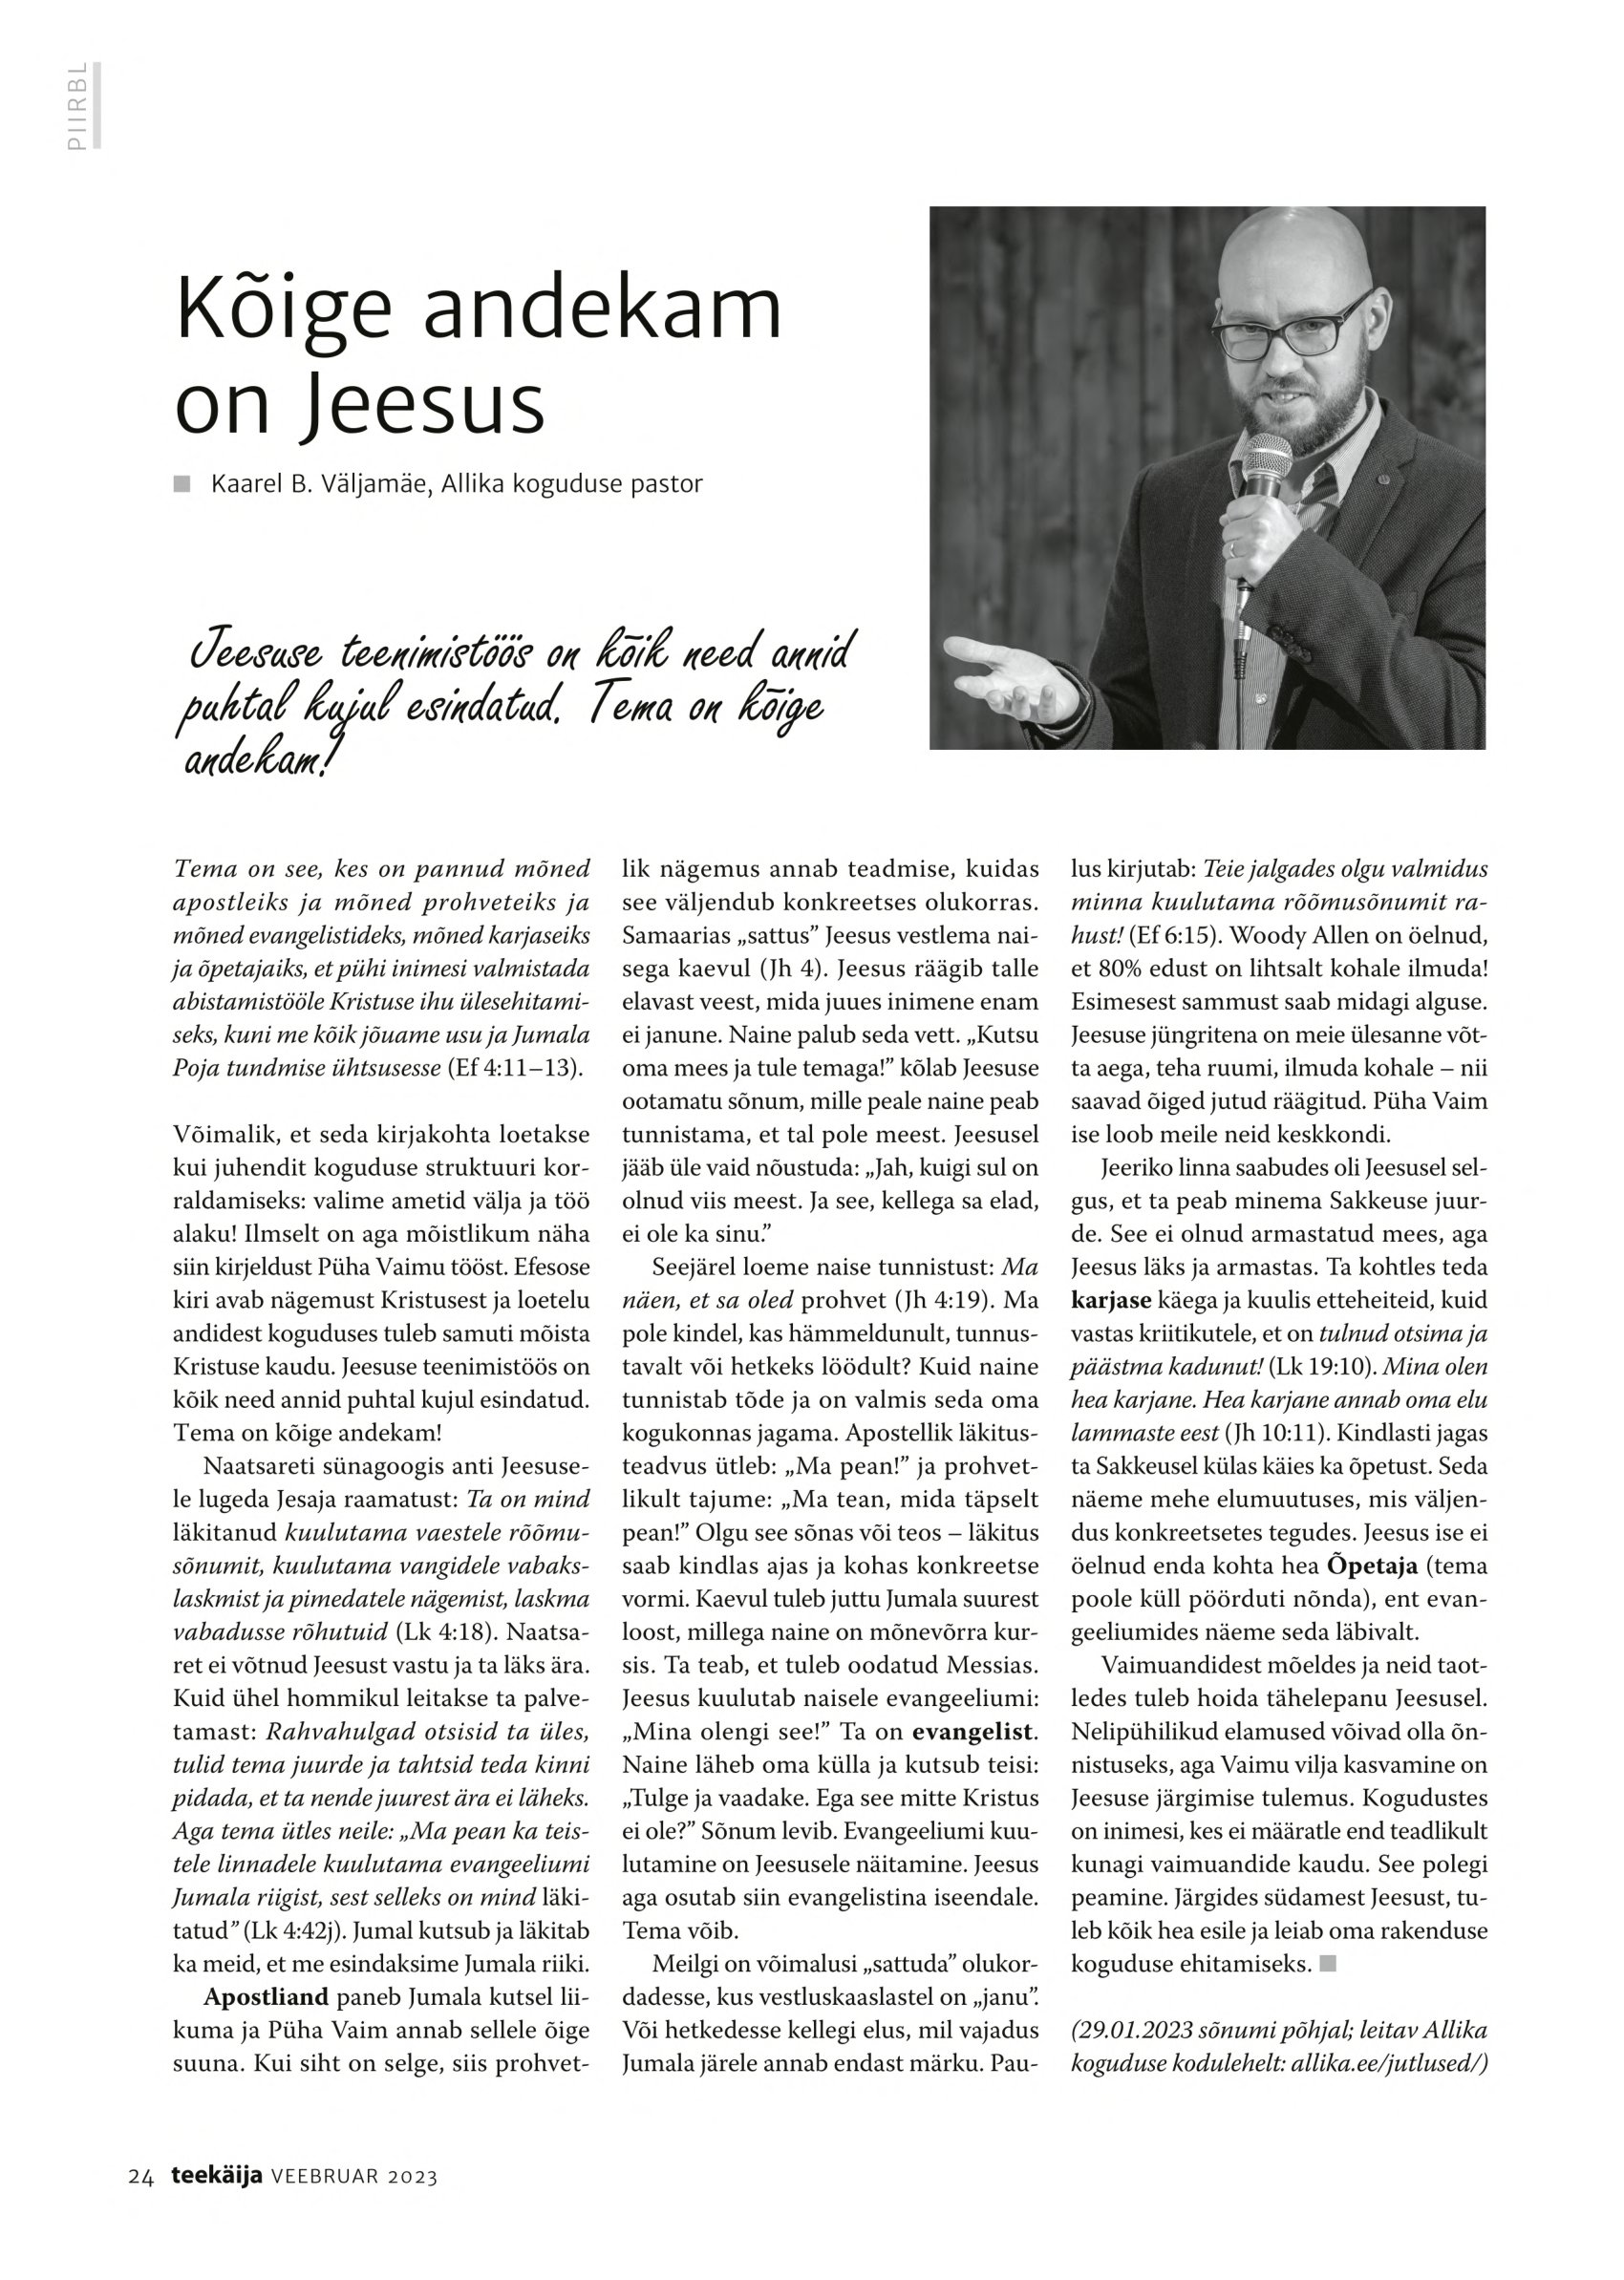
Language: et